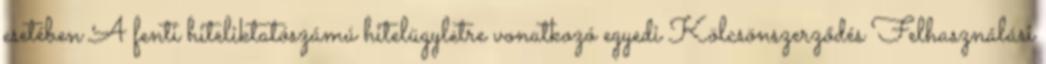
esetében A fenti hiteliktatószámú hitelügyletre vonatkozó egyedi Kölcsönszerződés Felhasználási